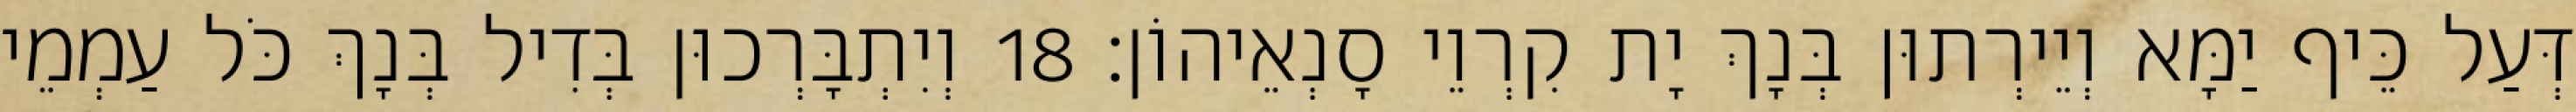
דְּעַל כֵּיף יַמָּא וְיֵירְתוּן בְּנָךְ יָת קִרְוֵי סָנְאֵיהוֹן׃ 18 וְיִתְבָּרְכוּן בְּדִיל בְּנָךְ כֹּל עַמְמֵי